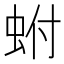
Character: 蚹